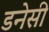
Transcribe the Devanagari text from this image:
डनेसी